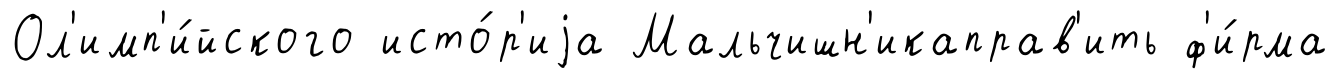
Ол'имп'и́йского исто́р'иjа Мальчишн'икаправ'ить ф'и́рма